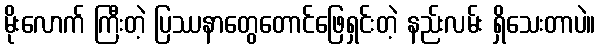
မိုးလောက် ကြီးတဲ့ ပြဿနာတွေတောင်ဖြေရှင်းတဲ့ နည်းလမ်း ရှိသေးတာပဲ။